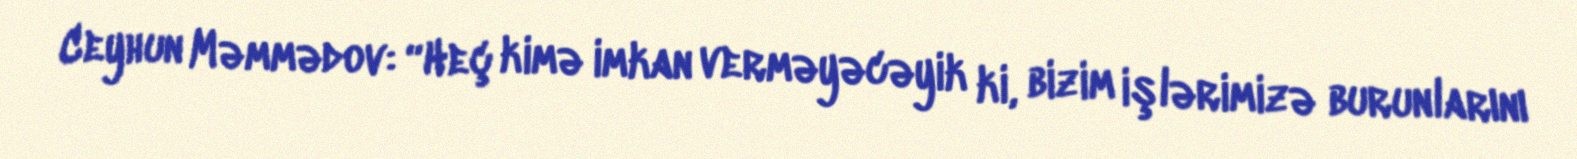
Ceyhun Məmmədov: “Heç kimə imkan verməyəcəyik ki, bizim işlərimizə burunlarını